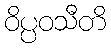
ဝိပ္ပဝသီတိ